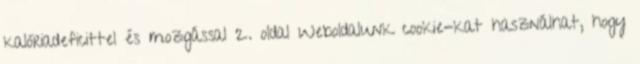
kalóriadeficittel és mozgással 2. oldal Weboldalunk cookie-kat használhat, hogy